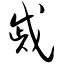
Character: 戚